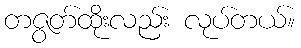
တဇွတ်ထိုးလည်း လုပ်တယ်။